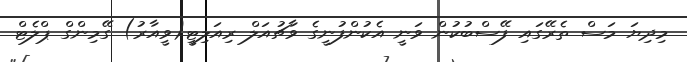
މިދިޔަ މަސް ތެރޭގައި ފޭސްބުކުން ވަނީ އެކުންފުނީގެ ވާޗުއަލް ރިއަލިޓީ(ވީއާރު) ގޭމިންގް ޕްލެޓް